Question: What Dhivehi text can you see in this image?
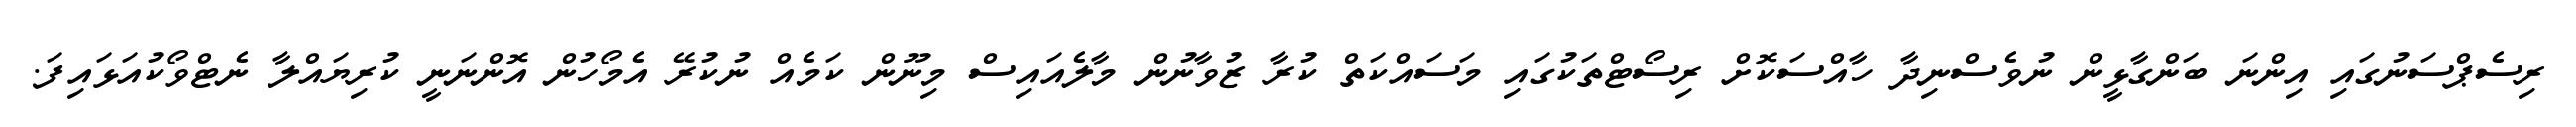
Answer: ރިސެޕްސަނުގައި އިންނަ ބަންގާޅީން ނުވެސްނިދާ ހާއްސަކޮށް ރިސޯޓްތަކުގައި މަސައްކަތް ކުރާ ޒުވާނުން މާލެއައިސް މިނޫން ކަމެއް ނުކުރޭ އެމޯހުން އޮންނަނީ ކުރިޔައްލާ ނެޓްވޯކުއަޅައިފަ.